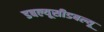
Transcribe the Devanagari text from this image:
डबल्यूसीडबल्यू